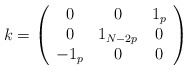
\begin{align*}k = \left( \begin{array}{ccc} 0 & 0 & 1_p \\0 & 1_{N-2p} & 0 \\ -1_p & 0 & 0 \end{array} \right)\end{align*}